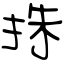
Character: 㧣